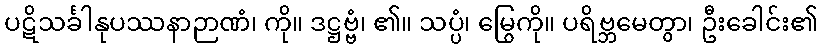
ပဋိသင်္ခါနုပဿနာဉာဏံ၊ ကို။ ဒဋ္ဌဗ္ဗံ၊ ၏။ သပ္ပံ၊ မြွေကို။ ပရိဗ္ဘမေတွာ၊ ဦးခေါင်း၏